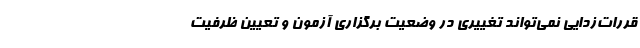
قررات‌زدایی نمی‌تواند تغییری در وضعیت برگزاری آزمون و تعیین ظرفیت